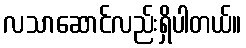
လသာဆောင်လည်းရှိပါတယ်။